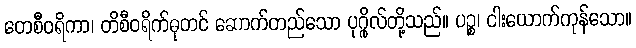
တေစီဝရိကာ၊ တိစီဝရိက်ဓုတင် ဆောက်တည်သော ပုဂ္ဂိုလ်တို့သည်။ ပဉ္စ၊ ငါးယောက်ကုန်သော။